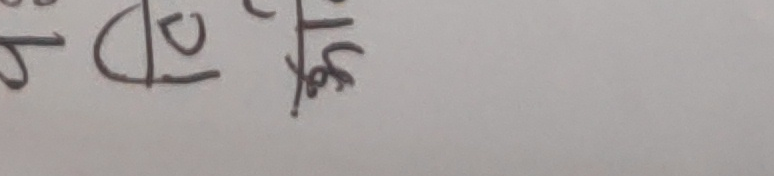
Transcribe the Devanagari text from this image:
१ २१ %